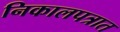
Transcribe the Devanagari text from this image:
निकालपत्रात